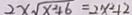
2 x \sqrt { x ^ { 2 } + 6 } = 2 x ^ { 2 } + 2